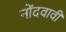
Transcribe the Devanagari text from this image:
नोंदवावी